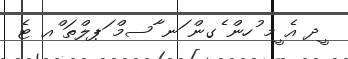
ީދ އެ ީމ ުހން ެގން ަނ ާސމް ަޕލްތަ ްއ ޓެ